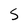
Character: S